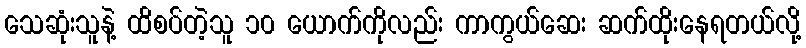
သေဆုံးသူနဲ့ ထိစပ်တဲ့သူ ၁၀ ယောက်ကိုလည်း ကာကွယ်ဆေး ဆက်ထိုးနေရတယ်လို့